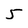
Character: 5